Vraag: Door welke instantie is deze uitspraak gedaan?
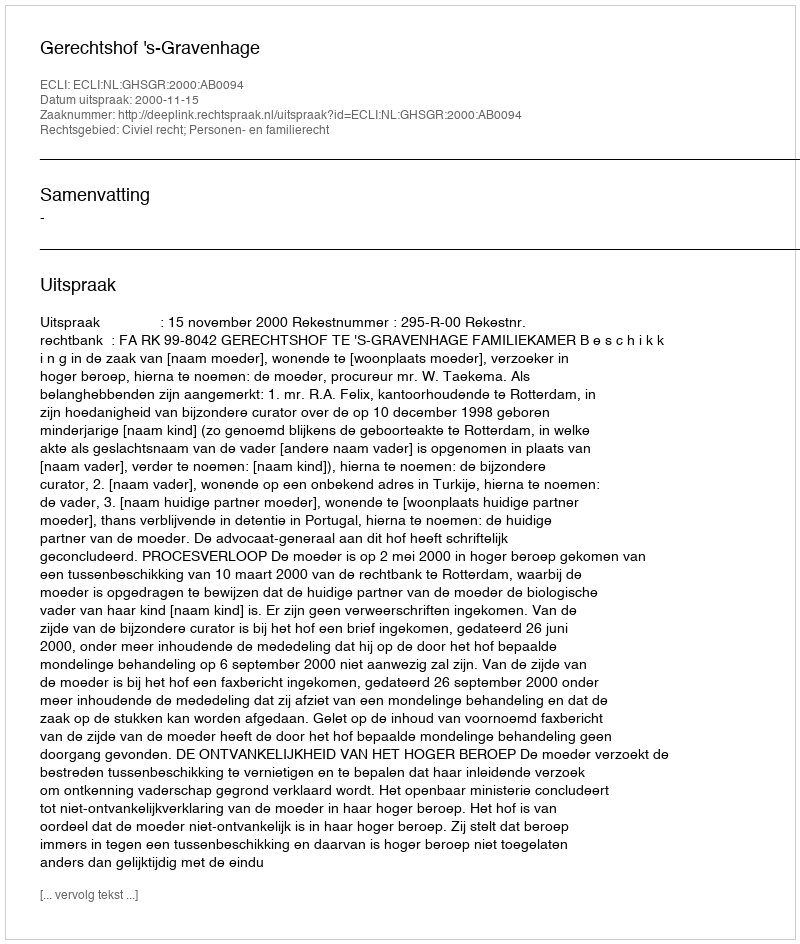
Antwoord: Gerechtshof 's-Gravenhage